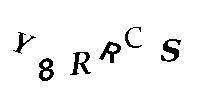
Y8RRCS